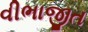
વીભાજીત